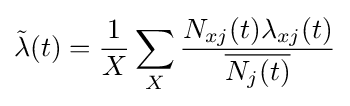
{\tilde {\lambda }}(t)={\frac {1}{X}}\sum _{X}{\frac {N_{xj}(t)\lambda _{xj}(t)}{\overline {N_{j}(t)}}}